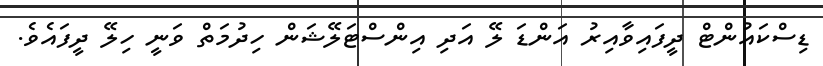
ޑިސްކައުންޓް ދީފައިވާއިރު އަންޑަ ލޭ އަދި އިންސްޓަލޭޝަން ހިދުމަތް ވަނީ ހިލޭ ދީފައެވެ.